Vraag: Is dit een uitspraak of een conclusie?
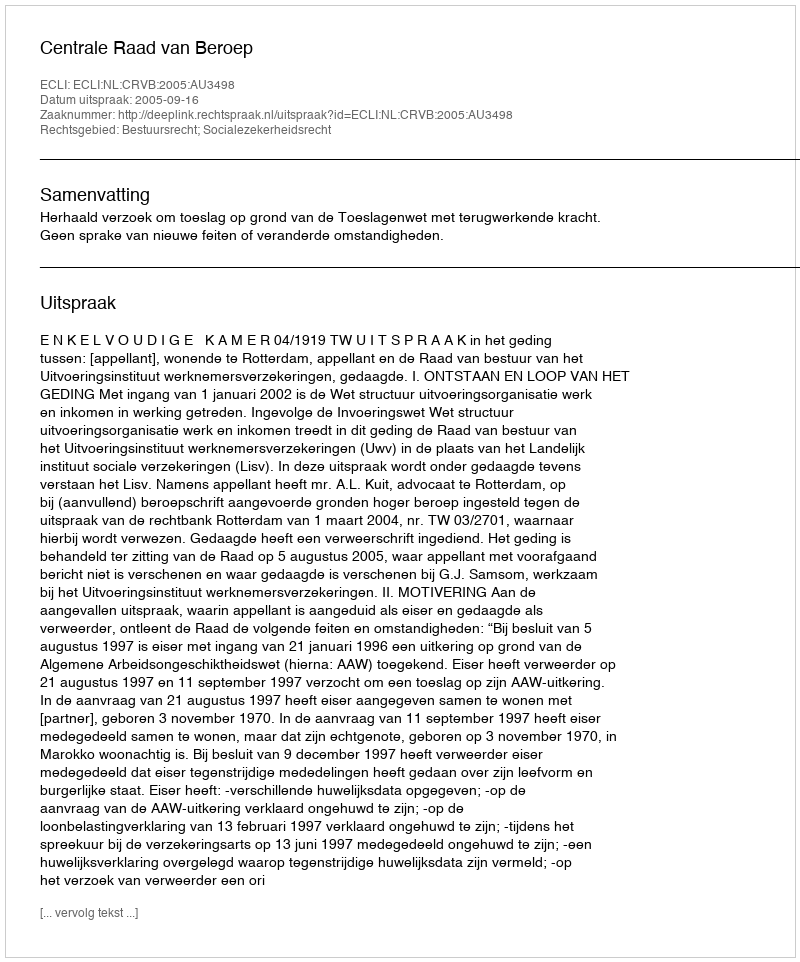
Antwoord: Uitspraak